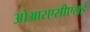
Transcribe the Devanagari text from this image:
ओआरएसीएलई